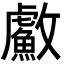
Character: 䱷